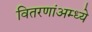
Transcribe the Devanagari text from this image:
वितरणांअम्ध्ये